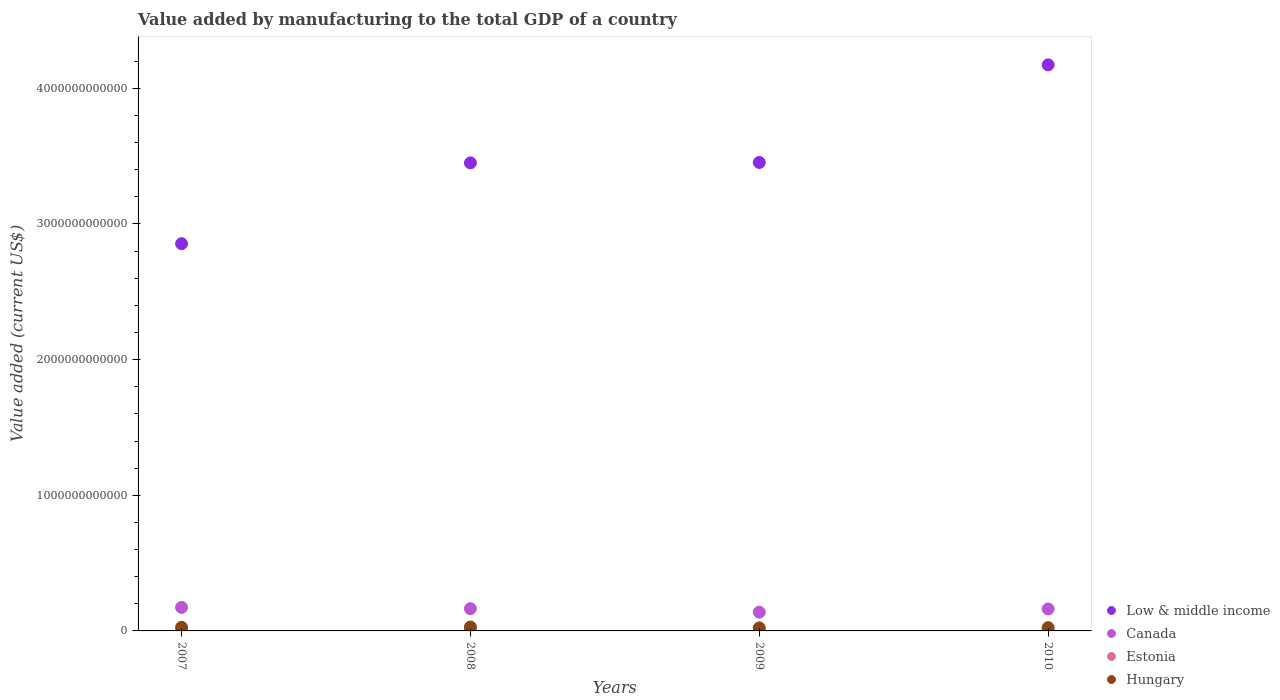
| Years | Low & middle income | Canada | Estonia | Hungary |
 | --- | --- | --- | --- | --- |
 | 2007 | 2.85e+12 | 1.73e+11 | 3.11e+09 | 2.66e+10 |
 | 2008 | 3.45e+12 | 1.64e+11 | 3.34e+09 | 2.88e+10 |
 | 2009 | 3.45e+12 | 1.38e+11 | 2.41e+09 | 2.24e+10 |
 | 2010 | 4.17e+12 | 1.62e+11 | 2.68e+09 | 2.39e+10 |